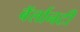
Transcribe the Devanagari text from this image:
बॅर्लानटी